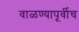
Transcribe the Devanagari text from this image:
वाळण्यापूर्वीच